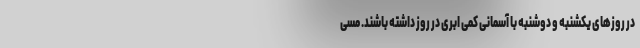
در روزهای یکشنبه و دوشنبه با آسمانی کمی ابری در روز داشته باشند. مسی